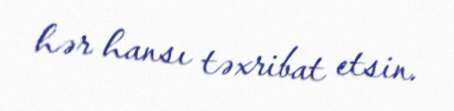
hər hansı təxribat etsin.